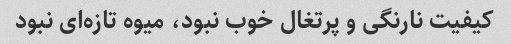
کیفیت نارنگی و پرتغال خوب نبود، میوه تازه‌ای نبود